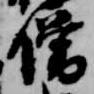
僧